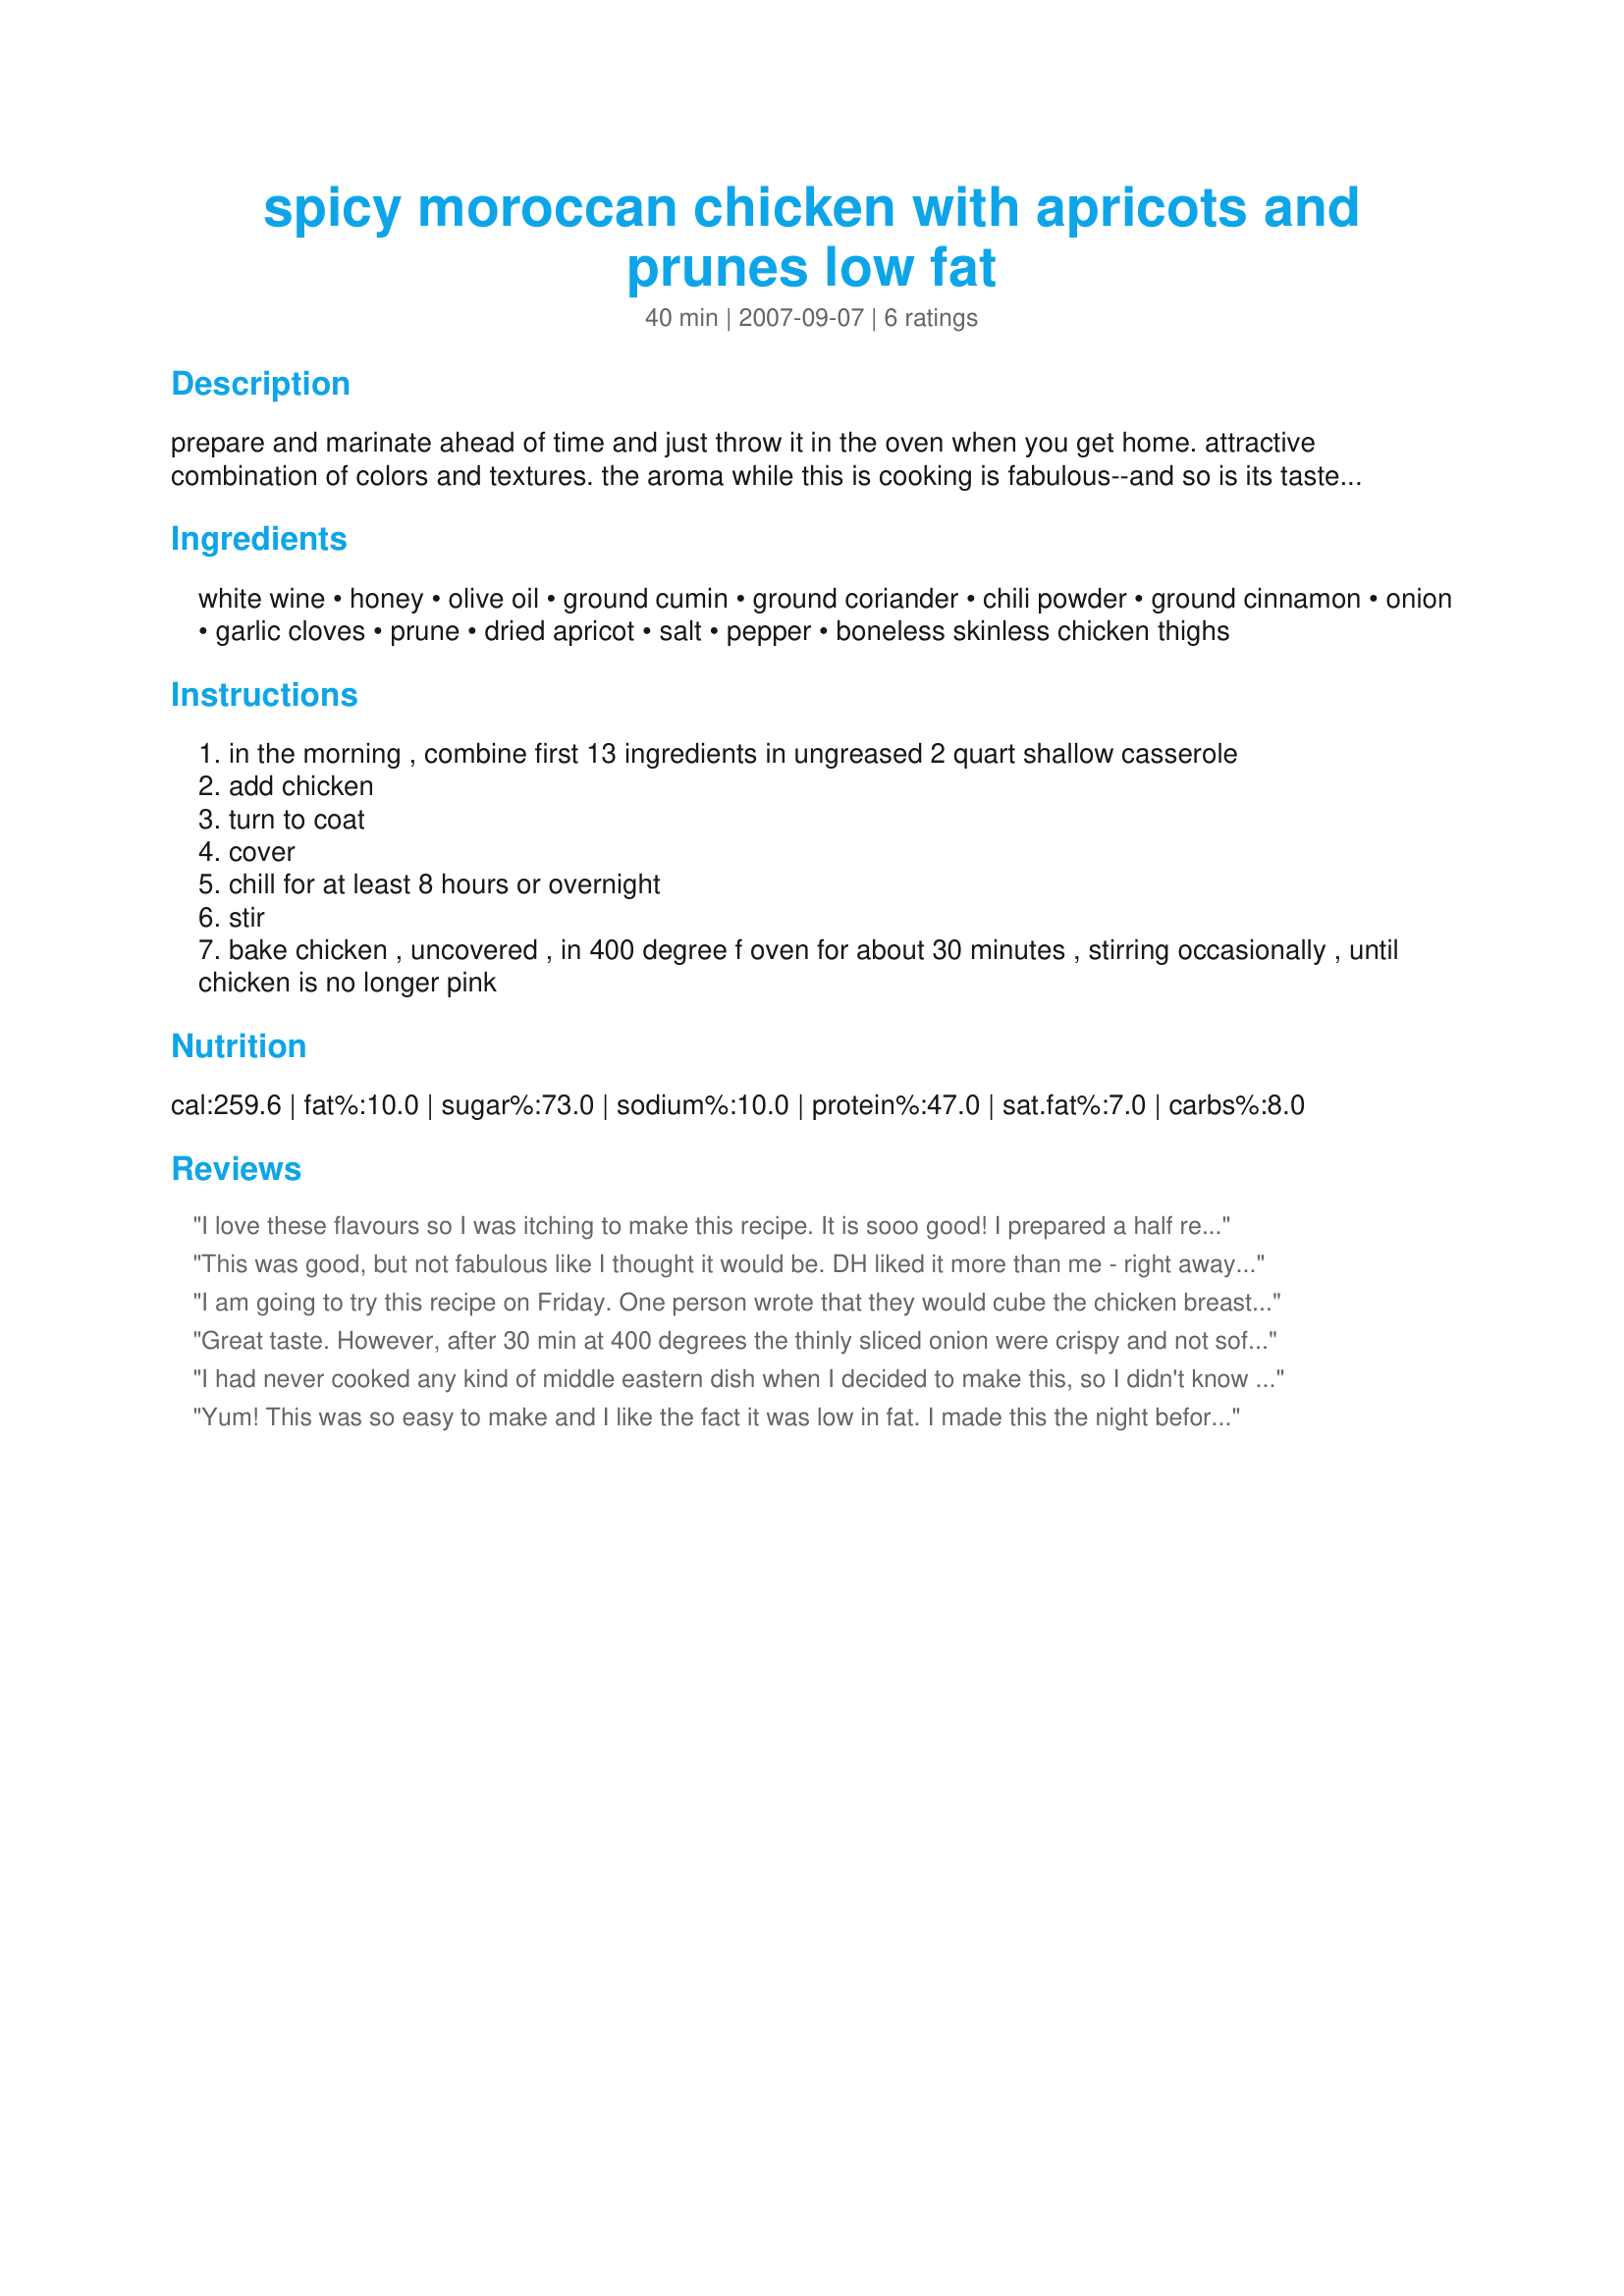
spicy moroccan chicken with apricots and prunes low fat
Preparation time: 40 minutes

prepare and marinate ahead of time and just throw it in the oven when you get home. attractive combination of colors and textures. the aroma while this is cooking is fabulous--and so is its taste. an adventure in spices! preparation time does not include chill time.

Ingredients:
white wine, honey, olive oil, ground cumin, ground coriander, chili powder, ground cinnamon, onion, garlic cloves, prune, dried apricot, salt, pepper, boneless skinless chicken thighs

Steps:
in the morning , combine first 13 ingredients in ungreased 2 quart shallow casserole
add chicken
turn to coat
cover
chill for at least 8 hours or overnight
stir
bake chicken , uncovered , in 400 degree f oven for about 30 minutes , stirring occasionally , until chicken is no longer pink

Reviews:
I love these flavours so I was itching to make this recipe. It is sooo good! I prepared a half recipe last night and split it into 2 smaller casseroles. One I took to work and have just baked for my lunch. I served it with plain couscous. (My workmates devoured the remaining serve!) The second one I have popped into the freezer for dinner next week. Thank you Crafty. This will be a regular of mine.
This was good, but not fabulous like I thought it would be. DH liked it more than me - right away, after the first bite he called it "sweet and spicy moroccan chicken" so that's a great sign! I loved that this only used a T of evoo, and I have a feeling that I don't even need that much! I used "hot paprika in oil" instead of chili powder - which is essentially the same, but doubled the amount you stated. I'm glad I did - I still didn't think it was spicy. Maybe a little spunky, but not spicy for me. Changes I would make next time is cubing the chicken breast, and also adding a bit of harissa to give this a real kick. Maybe add some whole garlics as well. I'll definitely be playing around with this very versatile recipe!
I am going to try this recipe on Friday. One person wrote that they would cube the chicken breast next time. The recipe calls for thighs. This is important to note. In recipe's there is a difference. Thighs have a different flavour and lend to this type of recipe. I will use thighs, less dry. I will write the review after. I can tell already that it's going to be amazing. I might make it a touch spicier.
Great taste. However, after 30 min at 400 degrees the thinly sliced onion were crispy and not soft as when they are sauted. I don't like crunchy onions with this dish. Took the onions out and steamed them for 5 minutes in the micro which caramelized them. These were soft and had great taste.
I had never cooked any kind of middle eastern dish when I decided to make this, so I didn't know how it would turn out. But, the ingredients looked good so I decided to give it a try. I did make one very minor change. I used 1/2 tsp. of onion powder instead of the sliced onion.

This dish turned out WAY beyond my expectations. It was absolutely DELICIOUS! It had just the perfect blend of sweetness and spice and savory flavors. I like a little spice in dishes that call for it, but I don't care for really hot dishes. This one was just perfect!

Sometimes online recipes can be disappointing. This one was not. I highly recommend it. I will definitely be making this again...and again...and again!

My thanks to the person who posted this.
Yum! This was so easy to make and I like the fact it was low in fat. I made this the night before and had a long day today, so it was great to know there was something marinating in the fridge ready to pop in the oven. The flavours were really yummy and everyone really enjoyed it. Thank you Crafty Lady 13
